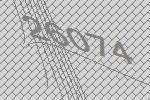
26074